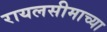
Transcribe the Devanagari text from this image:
रायलसीमाच्या